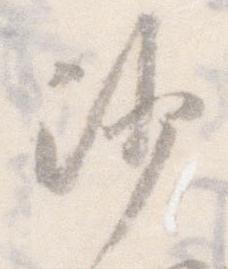
沙